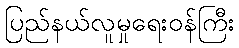
ပြည်နယ်လူမှုရေးဝန်ကြီး